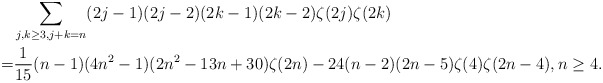
\begin{align*}\ & \sum_{j,k\ge 3, j+k=n} (2j-1)(2j-2) (2k-1)(2k-2)\zeta(2j)\zeta(2k) \\=&\frac{1}{15}(n-1)(4n^2-1)(2n^2-13n+30)\zeta(2n)- 24(n-2)(2n-5) \zeta(4)\zeta(2n-4), n\ge 4.\end{align*}